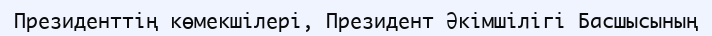
Президенттің көмекшілері, Президент Әкімшілігі Басшысының